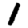
Digit: 1